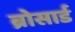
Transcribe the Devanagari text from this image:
ब्रोसार्ड